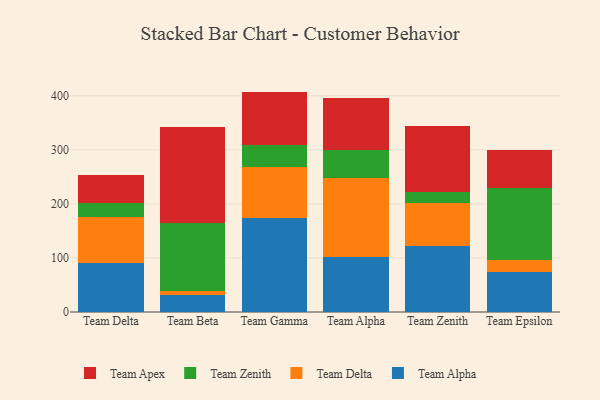
{"axis": {"x": "Team", "y": "Waste Production (Tons)"}, "legend": ["Team Alpha", "Team Apex", "Team Delta", "Team Zenith"], "data": [{"x": "Team Delta", "y": 90.9, "type": "Team Alpha"}, {"x": "Team Delta", "y": 84.2, "type": "Team Delta"}, {"x": "Team Delta", "y": 26.1, "type": "Team Zenith"}, {"x": "Team Delta", "y": 51.4, "type": "Team Apex"}, {"x": "Team Beta", "y": 31.2, "type": "Team Alpha"}, {"x": "Team Beta", "y": 7.5, "type": "Team Delta"}, {"x": "Team Beta", "y": 126.2, "type": "Team Zenith"}, {"x": "Team Beta", "y": 177.7, "type": "Team Apex"}, {"x": "Team Gamma", "y": 174.8, "type": "Team Alpha"}, {"x": "Team Gamma", "y": 93.4, "type": "Team Delta"}, {"x": "Team Gamma", "y": 41.7, "type": "Team Zenith"}, {"x": "Team Gamma", "y": 97.9, "type": "Team Apex"}, {"x": "Team Alpha", "y": 101.8, "type": "Team Alpha"}, {"x": "Team Alpha", "y": 145.9, "type": "Team Delta"}, {"x": "Team Alpha", "y": 52.8, "type": "Team Zenith"}, {"x": "Team Alpha", "y": 95.3, "type": "Team Apex"}, {"x": "Team Zenith", "y": 121.9, "type": "Team Alpha"}, {"x": "Team Zenith", "y": 79.2, "type": "Team Delta"}, {"x": "Team Zenith", "y": 21.3, "type": "Team Zenith"}, {"x": "Team Zenith", "y": 121.3, "type": "Team Apex"}, {"x": "Team Epsilon", "y": 73.9, "type": "Team Alpha"}, {"x": "Team Epsilon", "y": 22.2, "type": "Team Delta"}, {"x": "Team Epsilon", "y": 133.4, "type": "Team Zenith"}, {"x": "Team Epsilon", "y": 70.9, "type": "Team Apex"}]}